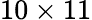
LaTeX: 10\times 11